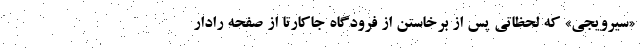
«سیرویجی» که لحظاتی پس از برخاستن از فرودگاه جاکارتا از صفحه رادار